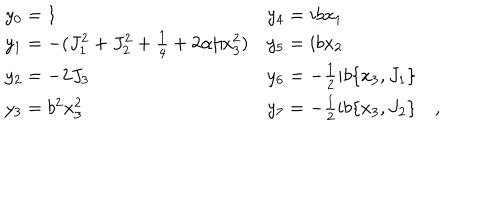
\begin{array} { l l } { { y _ { 0 } = 1 } } & { { y _ { 4 } = i b x _ { 1 } } } \\ { { y _ { 1 } = - ( J _ { 1 } ^ { 2 } + J _ { 2 } ^ { 2 } + \frac { 1 } { 4 } + 2 \alpha / x _ { 3 } ^ { 2 } ) } } & { { y _ { 5 } = i b x _ { 2 } } } \\ { { y _ { 2 } = - 2 J _ { 3 } } } & { { y _ { 6 } = - \frac { 1 } { 2 } i b \{ x _ { 3 } , J _ { 1 } \} } } \\ { { y _ { 3 } = b ^ { 2 } x _ { 3 } ^ { 2 } } } & { { y _ { 7 } = - \frac { 1 } { 2 } i b \{ x _ { 3 } , J _ { 2 } \} \quad , } } \\ \end{array}